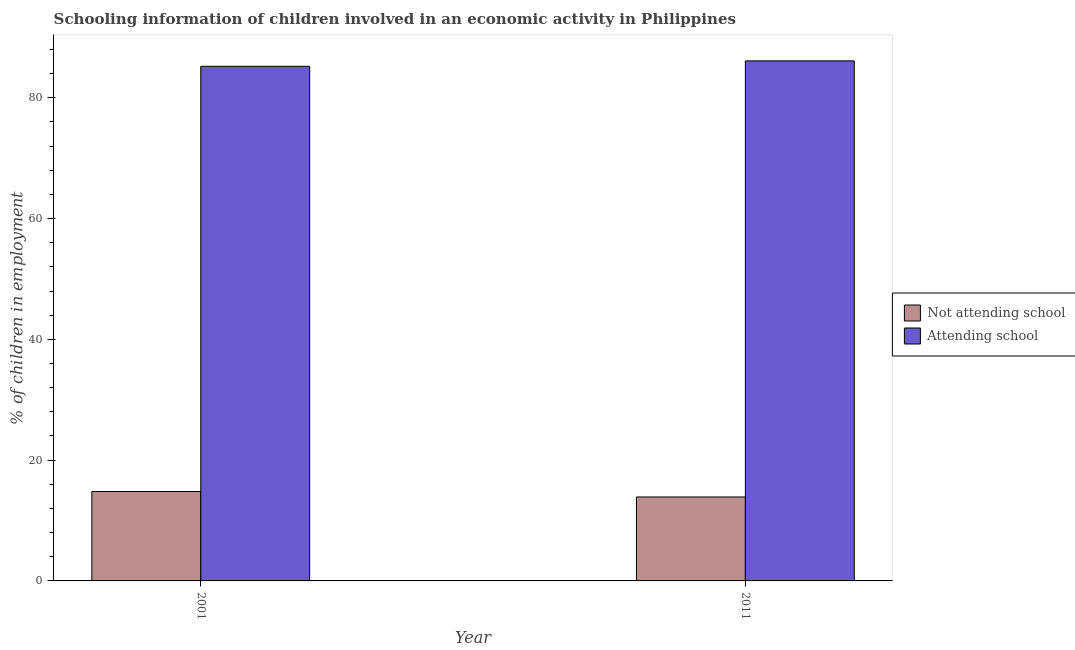
| Year | Not attending school | Attending school |
 | --- | --- | --- |
 | 2001 | 14.8 | 85.2 |
 | 2011 | 13.9 | 86.1 |